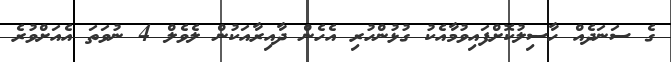
ގެ ސަނަދެއް ހާސިލުކޮށްފައިވުމާއެކު ގުޅުންހުރި އެހެން ދާއިރާއަކުން ލެވެލް 4 ނުވަތަ އެއަށްވުރެ